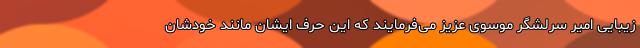
زیبایی امیر سرلشگر موسوی عزیز می‌فرمایند که این حرف ایشان مانند خودشان